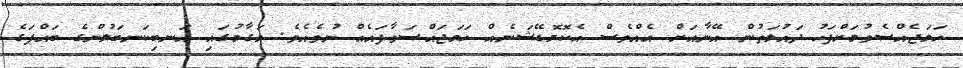
ހަމަޖެއްސެވުމަށްފަހު ދައުލަތުން އޭނާއަށް އެއްވެސް އެކޮމޮޑޭޝަނެއް ހަމަޖައްސަވާފައެއް ނުވެއެވެ. މަގާމުގައި އަނބިކަނބަލުންގެ ބައްޕަގެ